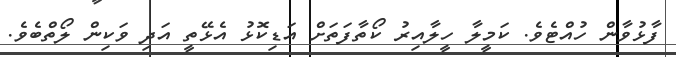
ފާޅުވާން ހުއްޓެވެ. ކަމީލާ ހީލާއިރު ކޯތާފަތަށް އަޑިކޮޅު އެޅޭތީ އަދި ވަކިން ލޯތްބެވެ.